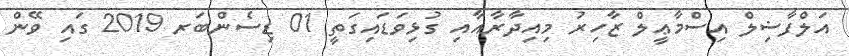
އަލްފާޟިލް އިސްމާޢީލް ޒާހިރު މިއިދާރާއާއި ގުޅިވަޑައިގަތީ 01 ޑިސެންބަރ 2019 ގައި ވޭން